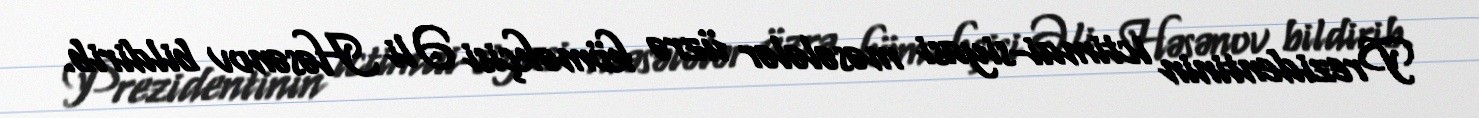
Prezidentinin ictimai-siyasi məsələlər üzrə köməkçisi Əli Həsənov bildirib.